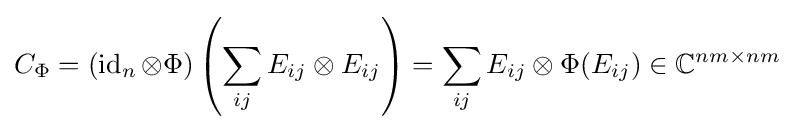
C_{\Phi }=\left(\operatorname {id} _{n}\otimes \Phi \right)\left(\sum _{ij}E_{ij}\otimes E_{ij}\right)=\sum _{ij}E_{ij}\otimes \Phi (E_{ij})\in \mathbb {C} ^{nm\times nm}